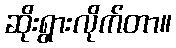
ဆိုးရွားလိုက်တာ။